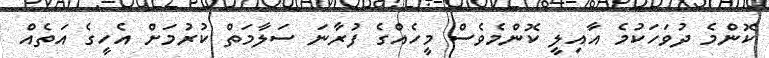
ކޮންމެ ދުވަހަކުމެ އާއިލީ ކޮންމެވެސް މީހެއްގެ ފުރާނަ ސަލާމަތް ކުރުމަށް އެހީގެ އަތެއް